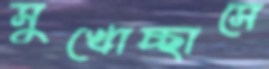
সুখোচ্ছাসে